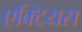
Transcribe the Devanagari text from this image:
एक्टियस